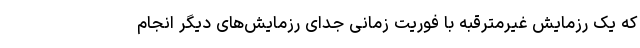
که یک رزمایش غیرمترقبه با فوریت زمانی جدای رزمایش‌های دیگر انجام